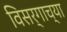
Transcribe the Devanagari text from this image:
विसर्गाच्या